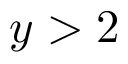
y > 2